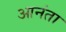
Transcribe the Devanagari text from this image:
आनंता